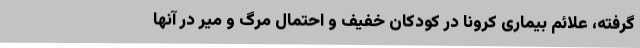
گرفته، علائم بیماری کرونا در کودکان خفیف و احتمال مرگ و میر در آنها